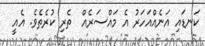
ކަނޑައި އަނެއްއަހަރު އެ މައްސަރެއް  ތެރި ކުރެތެވެ. އެއީ